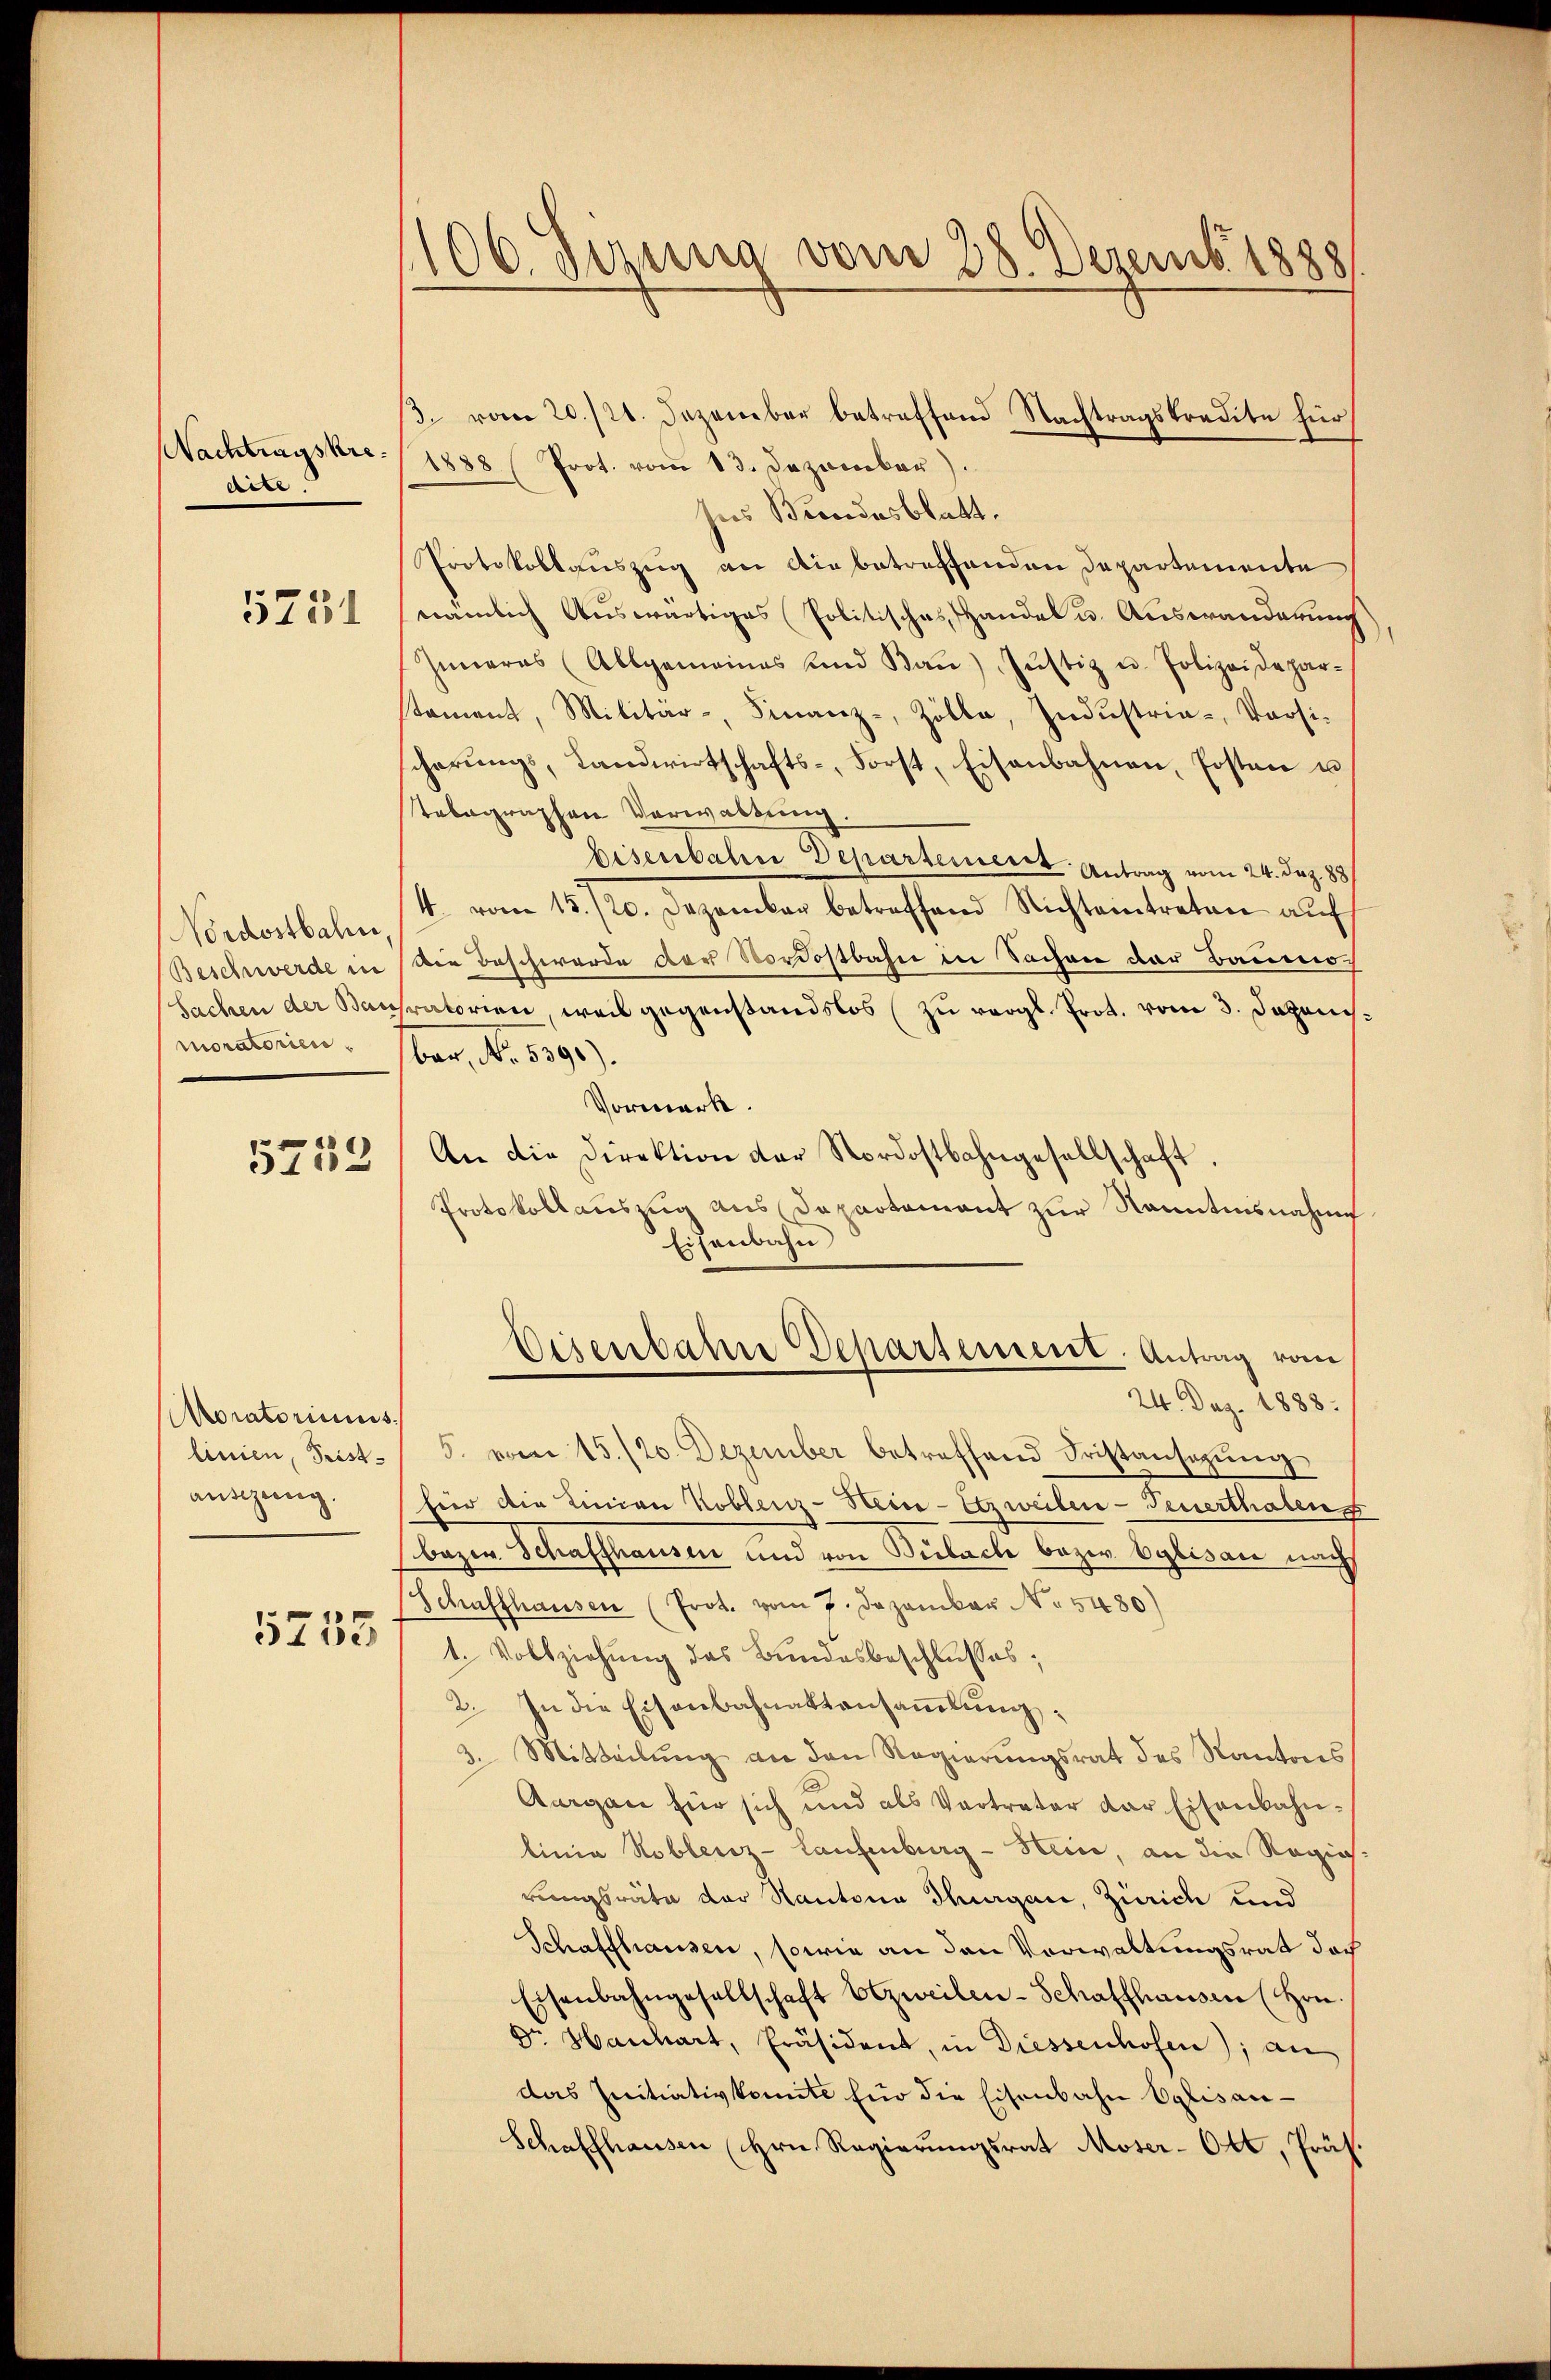
Nachtragskredite

Nordostbahn
moratorien

5739

Moratoriums.
ausgang.

5755

106. gesung vom 28. Dezemb. 1888

β. vom 20./21. Dezember betreffend Nachtragskredite für
1888 (Prot. vom 13. Dezember).
Ins Bundesblatt.
Protokollauszug an die betreffenden Departemente
57054 (nämlich Auswärtiges Politisches Handel u. Auswanderung
Inneres (Allgemeines und Ban) Jŭstiz u. Polizeidepar-
tament, Militär-, Finanz-, Zölle, Indŭstria- Versi-
cherŭngs, Landwirtschafts-, Forst, Eisenbahnen, Posten u
tebagraphen Verwaltung
bisenbahn Departement. Antrag vom 24. Dez. 1881
4. vom 15./20. Dezember betreffend Nichteintreten auf
Beschwerde in die Beschwerde der Nordostbahn in Sachen der Baumo¬
Sachen der Bausratorien weil gegenstandslos zu vergl. Prot. vom 3. Japanisbar, No. 5390).
Vormerk.
An die Direktion der Nordostbahngesellschaft.
Protokollauszug aus Departement zur Nanntensnahme
Eisenbahn
Disenbahre Departement. Antrag vom
24. Dez. 1888.
linien, Frist. " J. vom 15./20. Dezember betreffend Fristansezung
hier die Linien Koblenz-Hein-Etzweilen-Feuerthalens
bazen Schaffhausen und von Beobach bezer Eglisau nach
Schaffhausen (Prot. vom 7. Dezember No. 5480)
1. Vollziehung des Bundesbeschlusses;
2. In die Eisenbahnaktensammlung
3. Mitteilŭng an den Regierŭngsrat des Kantons
Aurgau für sich und als Vertreter der Eisenbahnlinia Koblenz-Laufenburg - Hein, an die Regierungsräte der Kantona Thurgau, Zürich und
Schaffhausen, sowie an den Vorwaltungsrat doch
Eisenbahngesellschaft Etzweilen-Schaffhaussere (Hrn.
Dr. Haichart, Präsident, in Diessenhofen); an
das Initiativkomite für die Eisenbahn Eglisau-
Schaffhausen (Hrn. Regierungsrat Moser-Ott, Präs.